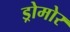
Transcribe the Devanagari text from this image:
ड्रोमोर